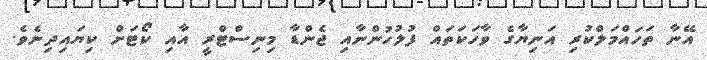
އޭނާ ތަހައްމަލްކުރި އަނިޔާގެ ވާހަކަތައް ފުލުހުންނާއި ޖެންޑާ މިނިސްޓްރީ އާއި ކޯޓަށް ކިޔައިދިނެވެ.